Report of the Indian Hemp Drugs Commission, 1894-1895 - Volume V
Year: 1894
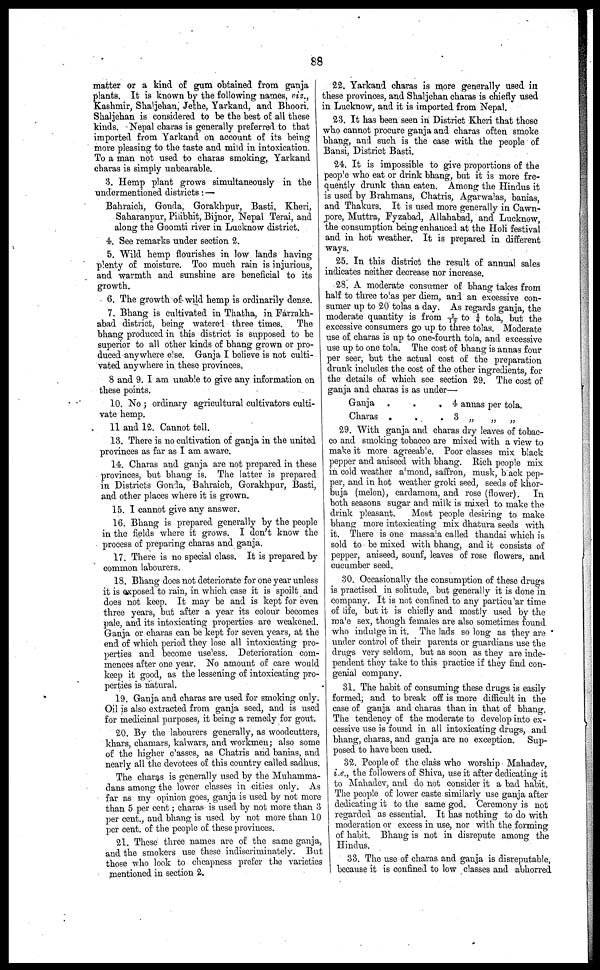
88
matter or a kind of gum obtained from ganja
plants. It is known by the following names, viz.,
Kashmir, Shaljehan, Jethe, Yarkand, and Bhoori.
Shaljehan is considered to be the best of all these
kinds. Nepal charas is generally preferred to that
imported from Yarkand on account of its being
more pleasing to the taste and mild in intoxication.
To a man not used to charas smoking, Yarkand
charas is simply unbearable.
3. Hemp plant grows simultaneously in the
undermentioned districts: —
Bahraich, Gonda, Gorakhpur, Basti, Kheri,
Saharaupur, Pilibhit, Bijnor, Nepal Terai, and
along the Goomti river in Lucknow district.
4. See remarks under section 2.
5. Wild hemp flourishes in low lands having
plenty of moisture. Too much rain is injurious,
and warmth and sunshine are beneficial to its
growth.
6. The growth of wild hemp is ordinarily dense.
7. Bhang is cultivated in Thatha, in Farrakh-
abad district, being watered three times. The
bhang produced in this district is supposed to be
superior to all other kinds of bhang grown or pro-
duced anywhere else. Ganja I believe is not culti-
vated anywhere in these provinces.
8 and 9. I am unable to give any information on
these points.
10. No ; ordinary agricultural cultivators culti-
vate hemp.
11 and 12. Cannot tell.
13. There is no cultivation of ganja in the united
provinces as far as I am aware.
14. Charas and ganja are not prepared in these
provinces, but bhang is. The latter is prepared
in Districts Gonda, Bahraich, Gorakhpur, Basti,
and other places where it is grown.
15. I cannot give any answer.
16. Bhang is prepared generally by the people
in the fields where it grows. I don't know the
process of preparing charas and ganja.
17. There is no special class. It is prepared by
common labourers.
18. Bhang docs not deteriorate for one year unless
it is exposed to rain, in which case it is spoilt and
does not keep. It may be and is kept for even
three years, but after a year its colour becomes
pale, and its intoxicating properties are weakened.
Ganja or charas can be kept for seven years, at the
end of which period they lose all intoxicating pro-
perties and become useless. Deterioration com-
mences after one year. No amount of care would
keep it good, as the lessening of intoxicating pro-
perties is natural.
19. Ganja and charas are used for smoking only.
Oil is also extracted from ganja seed, and is used
for medicinal purposes, it being a remedy for gout.
20. By the labourers generally, as woodcutters,
khars, chamars, kalwars, and workmen; also some
of the higher classes, as Chatris and banias, and
nearly all the devotees of this country called sadhus.
The charas is generally used by the Muhamma-
dans among the lower classes in cities only. As
far as my opinion goes, ganja is used by not more
than 5 per cent; charas is used by not more than 3
per cent., and bhang is used by not more than 10
per cent. of the people of these provinces.
21. These three names are of the same ganja,
and the smokers use these indiscriminately. But
those who look to cheapness prefer the varieties
mentioned in section 2.
Ganja
Charas
.
.
.
.
. 4
. 3
annas per tola.
„ „ „
29. With ganja and charas dry leaves of tobac-
co and smoking tobacco are mixed with a view to
make it more agreeable. Poor classes mix black
pepper and aniseed with bhang. Rich people mix
in cold weather almond, saffron, musk, back pep-
per, and in hot weather groki seed, seeds of khor-
buja (melon), cardamom, and rose (flower).
In
both seasons sugar and milk is mixed to make the
drink pleasant.
Most people desiring to make
bhang more intoxicating mix dhatura seeds with
it. There is one massala called thandai which is
sold to be mixed with bhang, and it consists of
pepper, aniseed, sounf, leaves of rose flowers, and
cucumber seed.
30. Occasionally the consumption of these drugs
is practised in solitude, but generally it is done in
company. It is not confined to any particular time
of life, but it is chiefly and mostly used by the
male sex, though females are also sometimes found
who indulge in it. The lads so long as they are
under control of their parents or guardians use the
drugs very seldom, but as soon as they are inde-
pendent they take to this practice if they find con-
genial company.
31. The habit of consuming these drugs is easily
formed, and to break off is more difficult in the
case of ganja and charas than in that of bhang.
The tendency of the moderate to develop into ex-
cessive use is found in all intoxicating drugs, and
bhang, charas, and ganja are no exception. Sup-
posed to have been used.
32. People of the class who worship Mahadev,
i.e., the followers of Shiva, use it after dedicating it
to Mahadev, and do not consider it a bad habit.
The people of lower caste similarly use ganja after
dedicating it to the same god. Ceremony is not
regarded as essential. It has nothing to do with
moderation or excess in use, nor with the forming
of habit. Bhang is not in disrepute among the
Hindus.
33. The use of charas and ganja is disreputable,
because it is confined to low classes and abhorred